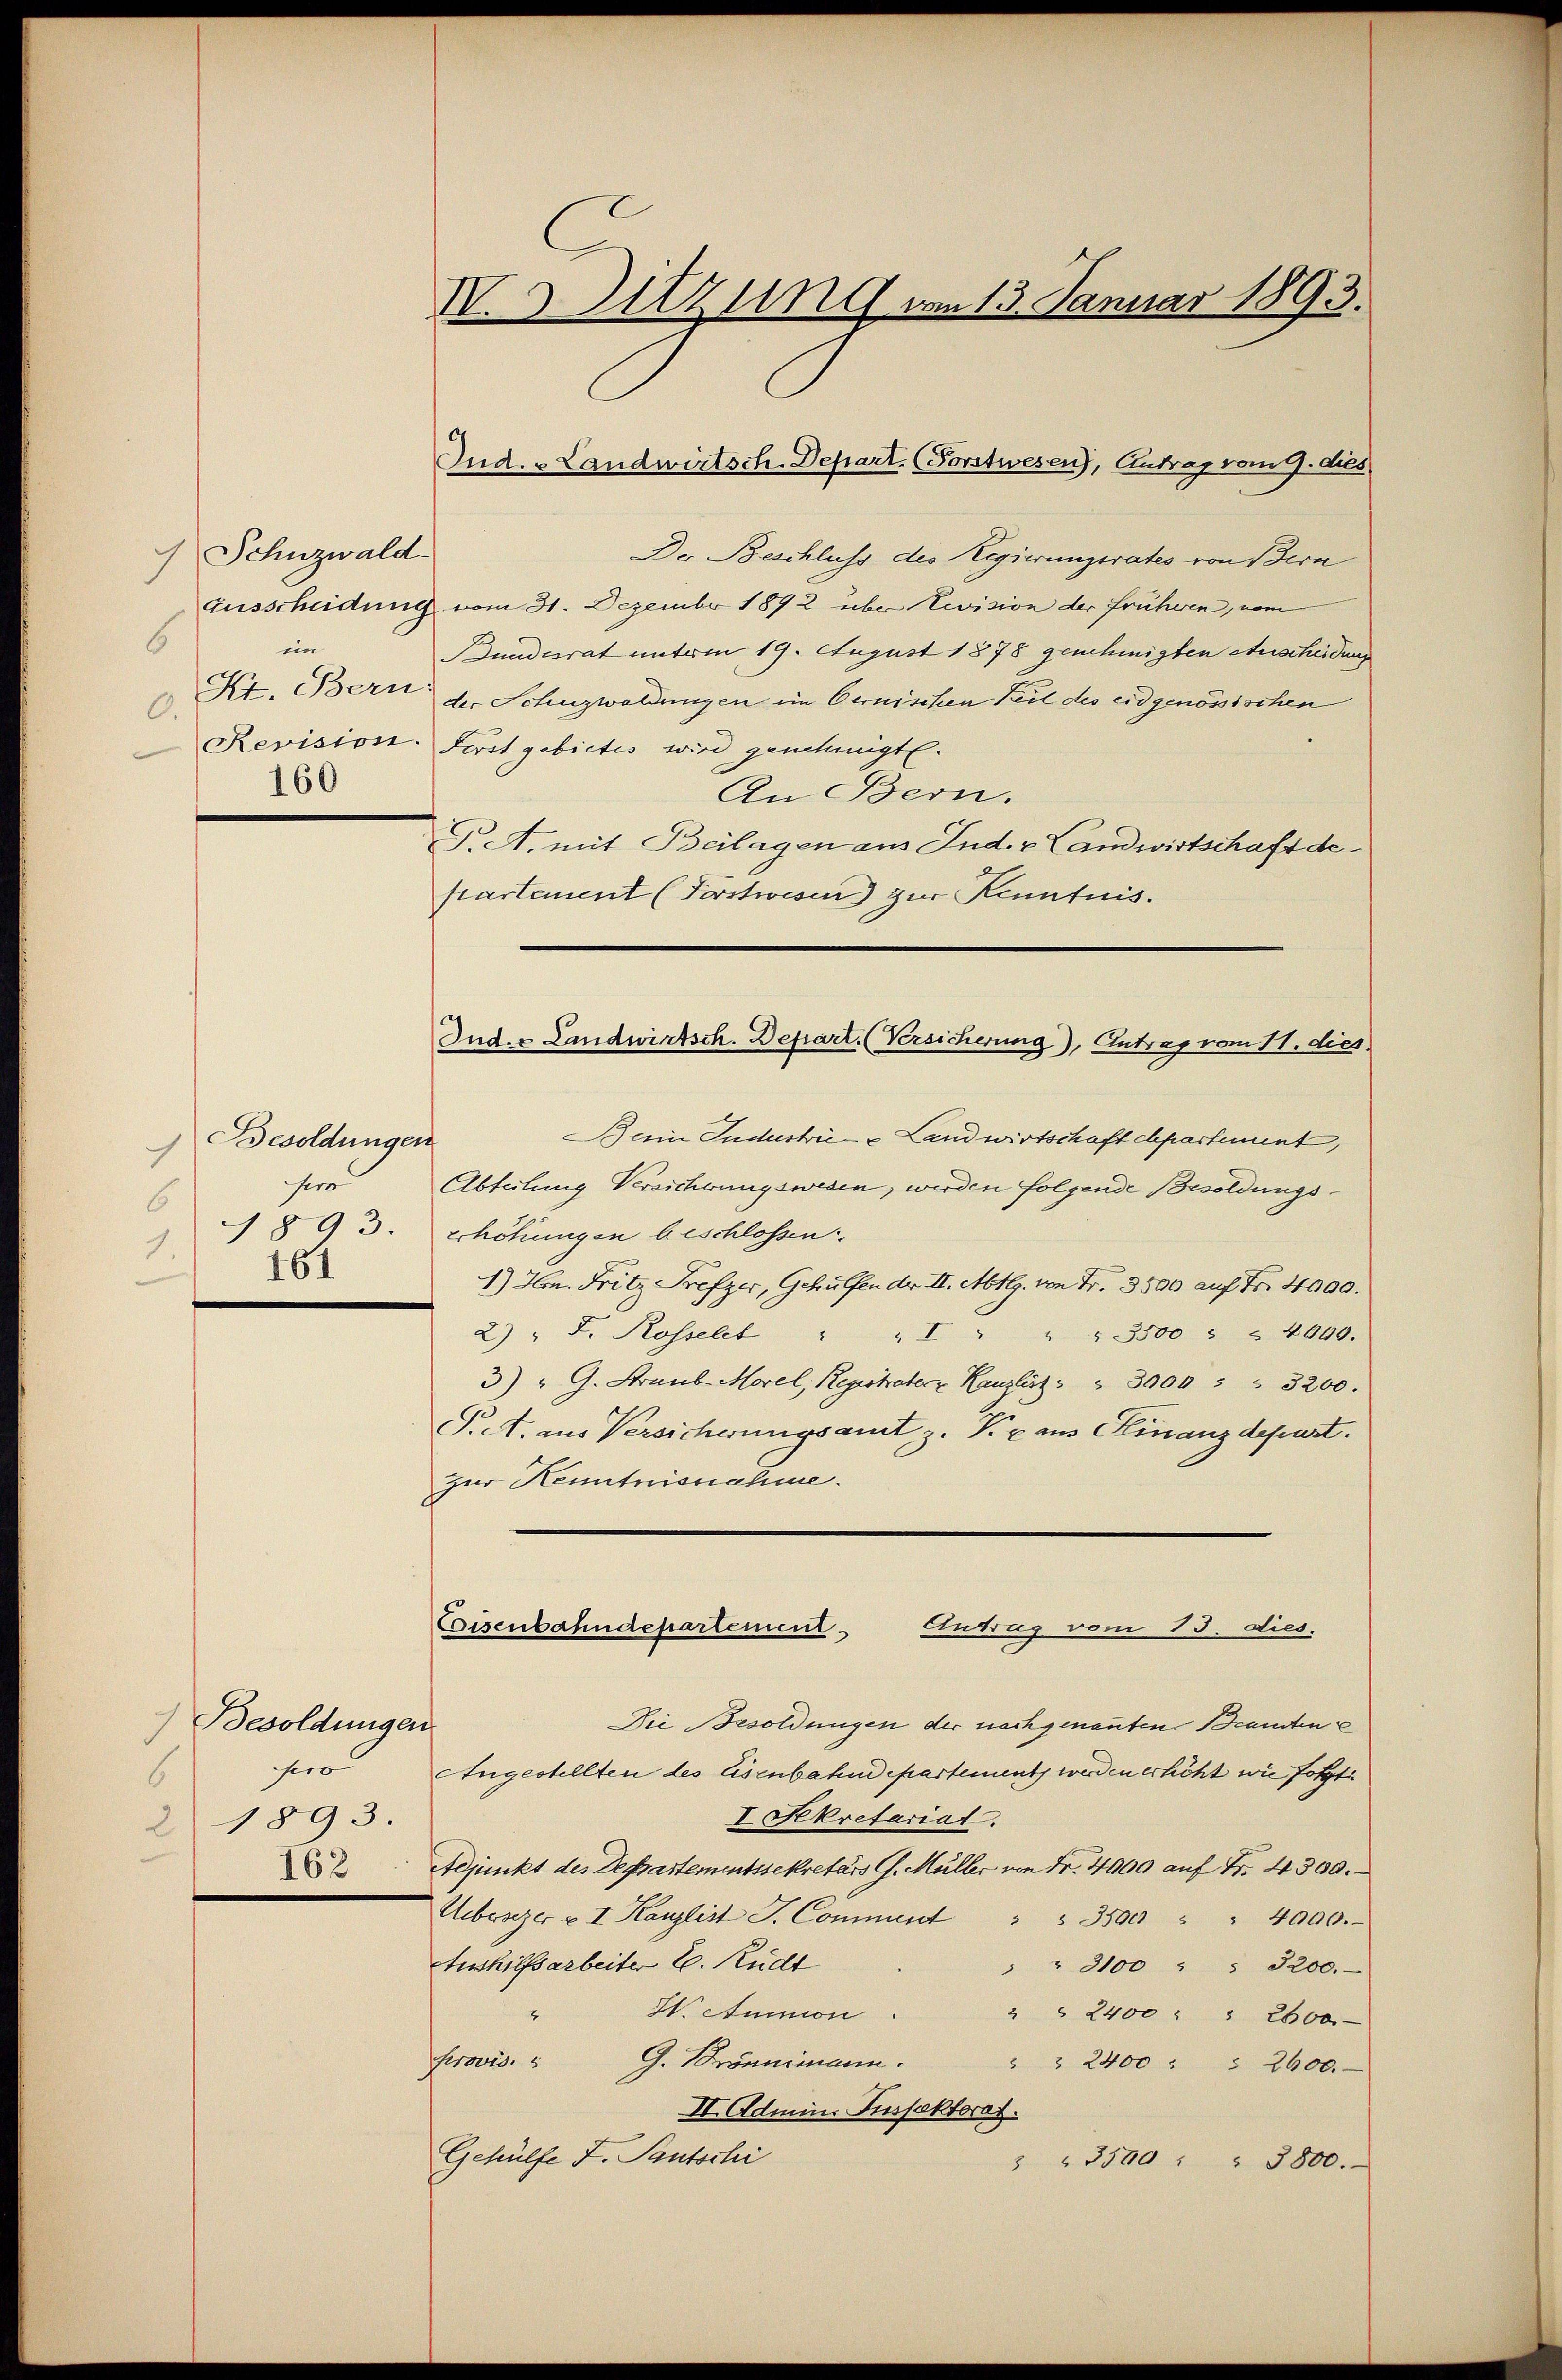
Schnzwald
Ausscheidung
6
ein
Kt. Bern
0.
Revision.
160

Besoldunger
c
sero
6
1893.
161

) Besoldungen
sero
6
2 1893.
162

I. 3. Sitzung vom 13. Januar 1893.

Ind. - Landwirtsch. Depart. (Forstwesen), Antrag vom 1. Aus

Der Beschluss des Regierungsrates von Bern
vom 31. Dezember 1892 über Revision der früheren, vom
Bundesrat unterm 19. August 1878 genehmigten Anscheidung
der Schuzwaldungen im Cernischen Teil des eidgenössischen
Forstgebietes wird genehmigt.
An Bern.
J. A. mit Beilagen an Ind. v. Landwirtschaft departement (Forstwesen) zur Kenntnis.
Bein Jndustrie- & Landwirtschaft chpartement,
Abteilung Versicherungswesen, werden folgende Besoldungs¬
Erhöhungen beschlossen:
1.) Hrn. Fritz Trefzer, Gehülfen der II. Abtlg. von Fr. 3500 auf Fr. 4000.
2) " F. Rossellt " " " " " 3500 " " 4000.
3) " G. Straub-Morel, Registrater Kanzlist " " 3000 " " 3200.
T. A. aus Versicherungsamt z. B. c. aus Finanzdepart.
zur Kenntnisnahme.
Eisenbahndepartement Eintrag/Antrag vom 13. dies.
Die Besoldungen der nachgenannten Beamten e
Angestellten des Eisenbahndepartement werden erhöht wie folgt
I Sekretariat.
Adjunkt des Departementssekretärs G. Müller von Fr. 4900 auf Fr. 4300.
Aebescher u I Kanzlist S. Comment " " 3500 " " 4000.-
Aushilfsarbeiter C. Rüdt
" " 3100 " " 3200.
S. Atunion
" " 2400 " " 2600.
Provis. " G. Bronnemann. " " 2400 " " 2400.-
II. Admini Suspektorat.
Gehülfe I. Pautschi
 " 3500 " " 3800.

Ind. v. Landwirtsch. Depart. (Versicherung), Antrag vom 11. dies